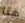
هنا